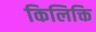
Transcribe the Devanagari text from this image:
किलिक्ति